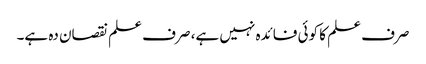
صرف علم کا کوئی فائدہ نہیں ہے، صرف علم نقصان دہ ہے۔